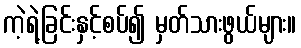
ကဲ့ရဲ့ခြင်းနှင့်စပ်၍ မှတ်သားဖွယ်များ။